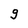
Character: g